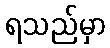
ရသည်မှာ